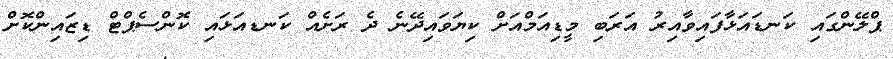
ޕްލޭންގައި ކަނޑައަޅާފައިވާއިރު އަރަބި މީޑިއަމްއަށް ކިޔަވައިދޭނެ ދެ ރަށެއް ކަނޑއަޅައި ކޮންސެޕްޓް ޑިޒައިންކޮށް